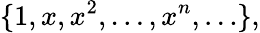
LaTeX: \{ 1,x,x^{2},\ldots,x^{n},\ldots\} ,